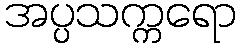
အပ္ပသက္ကရော